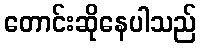
တောင်းဆိုနေပါသည်